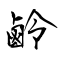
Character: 鹷